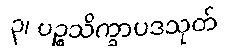
၃၊ ပဉ္စသိက္ခာပဒသုတ်